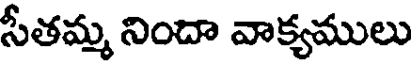
సీతమ్మ నిందా వాక్యములు